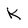
Character: K